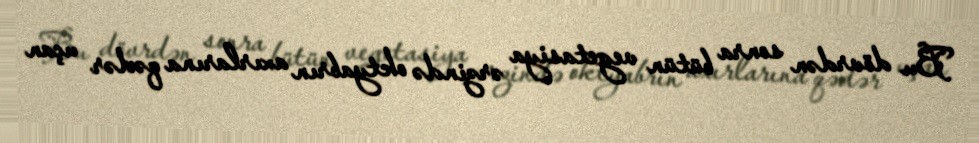
Bu dövrdən sonra bütün vegetasiya ərzində oktyabrın axırlarına qədər uçan